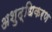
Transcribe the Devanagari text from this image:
अशुद्धिकरण